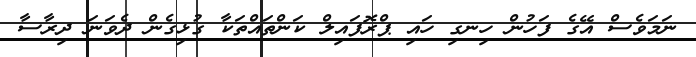
ނަމަވެސް އޭގެ ފަހުން ހިނގި ހައި ޕްރޮފައިލް ކަންތައްތަކާ ގުޅިގެން ދެވަނަ ދިރާސާ